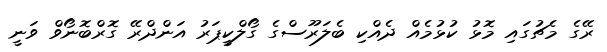
ރޭގެ މެޗުގައި މޮޅު ކުޅުމެއް ދެއްކި ބެލަރޫސްގެ ގޯލްކީޕަރު އަންދްރޭ ގޮރްބޮނޯވް ވަނީ